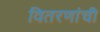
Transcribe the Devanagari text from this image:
वितरणांची